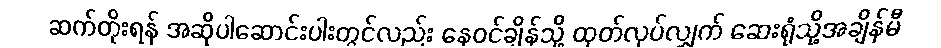
ဆက်တိုးရန် အဆိုပါဆောင်းပါးတွင်လည်း နေဝင်ချိန်သို့ ထုတ်လုပ်လျှက် ဆေးရုံသို့အချိန်မီ